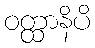
ဝတ္ထာနိပိ